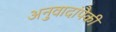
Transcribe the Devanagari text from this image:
अनुवादांपैकी